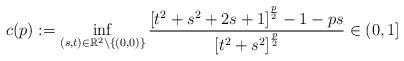
LaTeX: \begin{align*}c(p):=\inf_{\left(s,t\right) \in\mathbb{R}^{2}\setminus\left\{ \left( 0,0\right) \right\}}\frac{\left[ t^{2}+s^{2}+2s+1\right] ^{\frac{p}{2}}-1-ps}{\left[t^{2}+s^{2}\right] ^{\frac{p}{2}}}\in\left( 0,1\right] \end{align*}